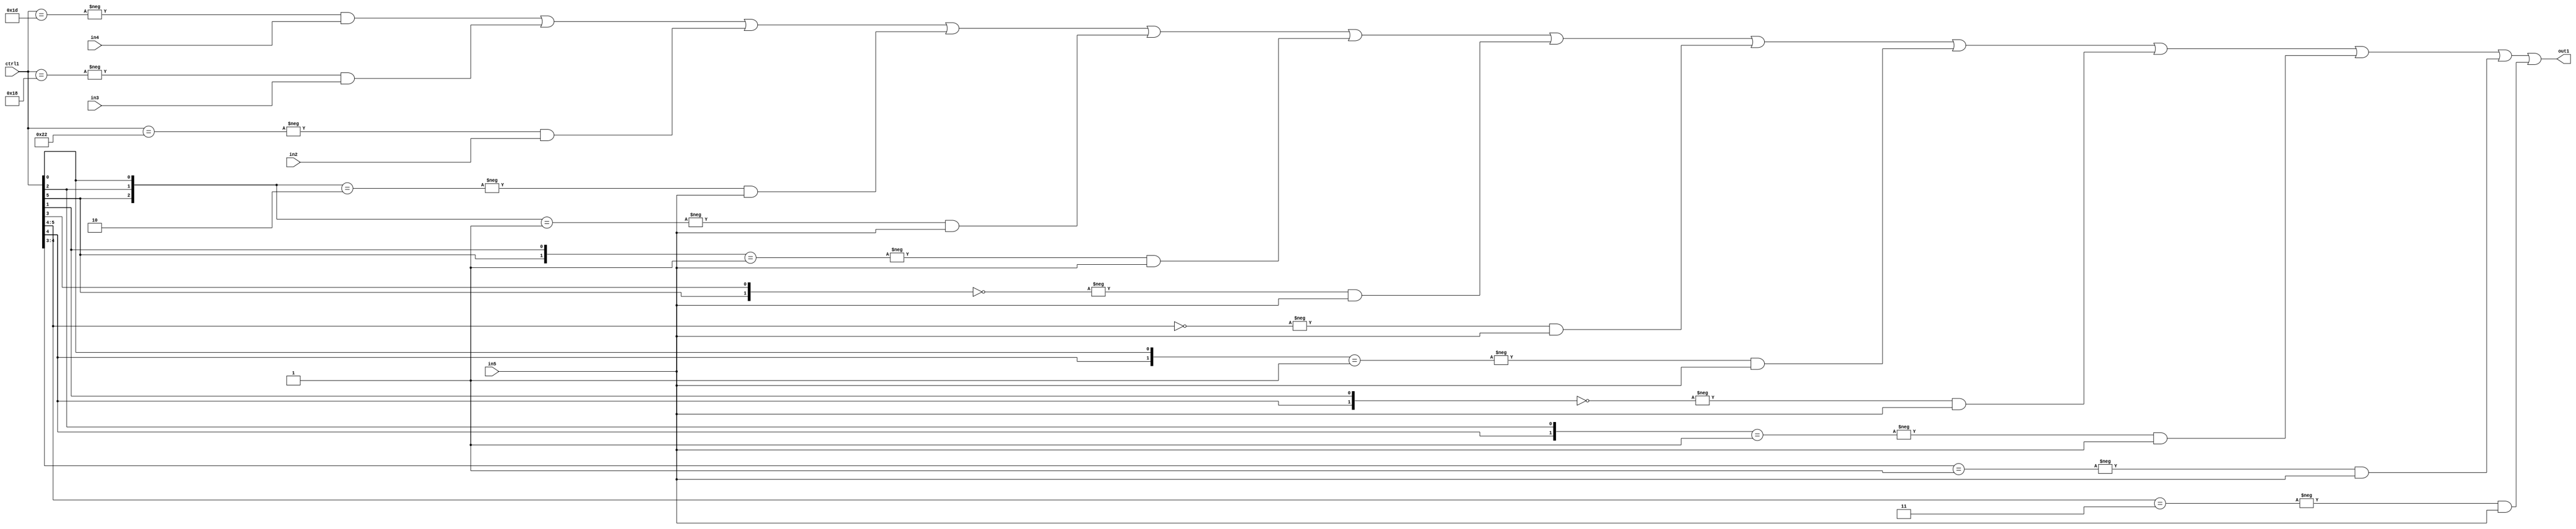
`timescale 1ps / 1ps
/*****************************************************************************
    Verilog RTL Description
    
    
    Created by: Stratus DpOpt 21.05.01 
*******************************************************************************/

module SobelFilter_N_Mux_32_4_43_4 (
	in5,
	in4,
	in3,
	in2,
	ctrl1,
	out1
	); /* architecture "behavioural" */ 
input [31:0] in5;
input [8:0] in4,
	in3,
	in2;
input [5:0] ctrl1;
output [31:0] out1;
wire [31:0] asc001;

assign asc001 = 
	-{ctrl1 == 6'B011101} & in4 |
	-{ctrl1 == 6'B011000} & in3 |
	-{ctrl1 == 6'B100010} & in2 |
	-{{ctrl1[5], ctrl1[2], ctrl1[0]} == 3'B010} & in5 |
	-{{ctrl1[5], ctrl1[2], ctrl1[0]} == 3'B001} & in5 |
	-{{ctrl1[5], ctrl1[1]} == 2'B01} & in5 |
	-{{ctrl1[5], ctrl1[3]} == 2'B00} & in5 |
	-{ctrl1[5:4] == 2'B00} & in5 |
	-{{ctrl1[4], ctrl1[0]} == 2'B01} & in5 |
	-{{ctrl1[4], ctrl1[1]} == 2'B00} & in5 |
	-{{ctrl1[4], ctrl1[2]} == 2'B01} & in5 |
	-{ctrl1[4:3] == 2'B01} & in5 |
	-{ctrl1[5:4] == 2'B11} & in5 ;

assign out1 = asc001;
endmodule

/* CADENCE  vLH1SwA= : u9/ySxbfrwZIxEzHVQQV8Q== ** DO NOT EDIT THIS LINE ******/